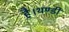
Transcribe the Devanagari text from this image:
है।थण्डी